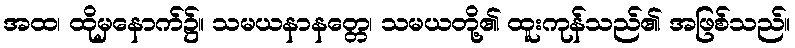
အထ၊ ထိုမှနောက်၌။ သမယနာနတ္တေ၊ သမယတို့၏ ထူးကုန်သည်၏ အဖြစ်သည်။